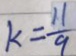
k = \frac { 1 1 } { 9 }